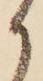
か